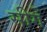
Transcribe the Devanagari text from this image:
सीगें